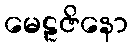
မေဠဇိနော